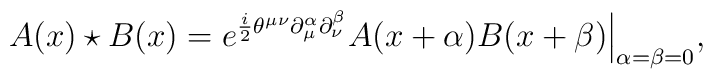
A(x)\star B(x)=e^{\frac{i}{2}\theta ^{\mu \nu }\partial _{\mu }^{\alpha }\partial _{\nu }^{\beta }}A(x+\alpha )B(x+\beta )\Big |_{\alpha =\beta =0},